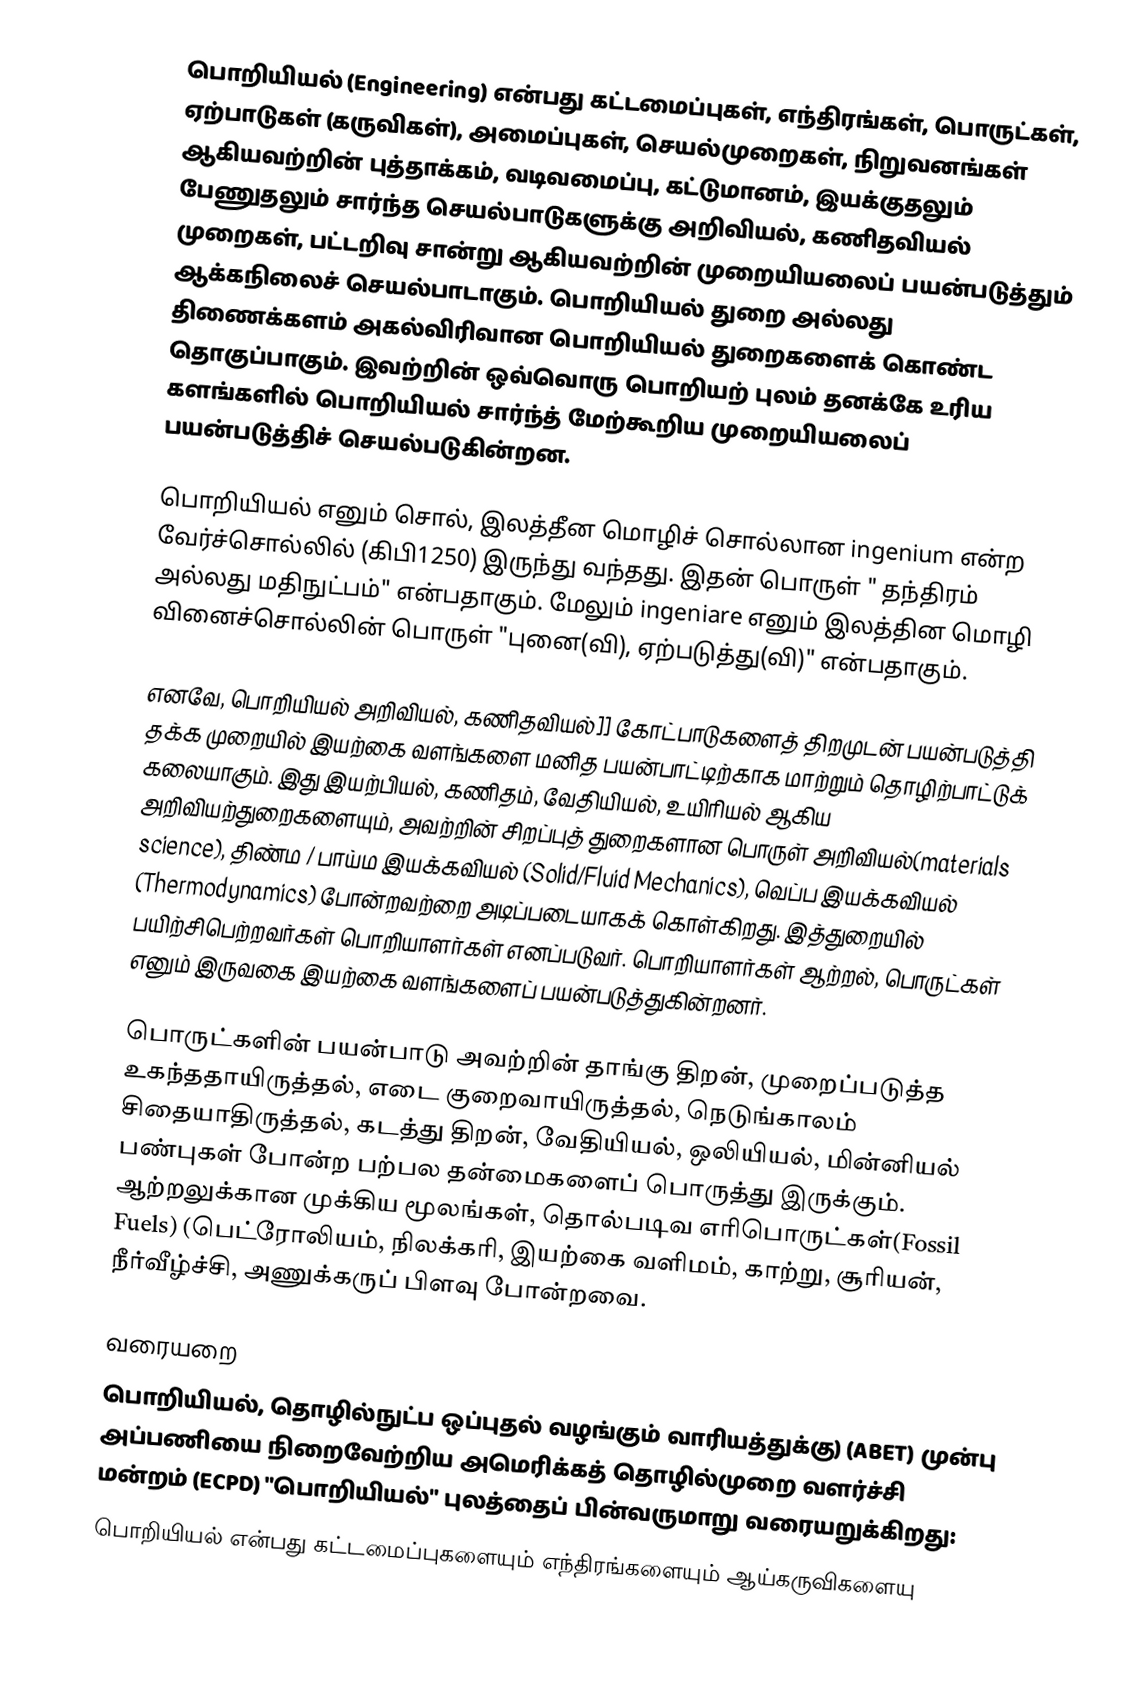
பொறியியல் (Engineering)  என்பது  கட்டமைப்புகள், எந்திரங்கள், பொருட்கள், ஏற்பாடுகள் (கருவிகள்), அமைப்புகள், செயல்முறைகள், நிறுவனங்கள் ஆகியவற்றின் புத்தாக்கம், வடிவமைப்பு, கட்டுமானம், இயக்குதலும் பேணுதலும் சார்ந்த செயல்பாடுகளுக்கு அறிவியல், கணிதவியல் முறைகள், பட்டறிவு சான்று ஆகியவற்றின் முறையியலைப் பயன்படுத்தும் ஆக்கநிலைச் செயல்பாடாகும். பொறியியல் துறை அல்லது திணைக்களம் அகல்விரிவான  பொறியியல் துறைகளைக் கொண்ட தொகுப்பாகும். இவற்றின் ஒவ்வொரு பொறியற் புலம் தனக்கே உரிய களங்களில் பொறியியல் சார்ந்த் மேற்கூறிய முறையியலைப் பயன்படுத்திச் செயல்படுகின்றன.

பொறியியல் எனும் சொல், இலத்தீன மொழிச் சொல்லான ingenium என்ற வேர்ச்சொல்லில் (கிபி1250) இருந்து வந்தது. இதன் பொருள் " தந்திரம் அல்லது மதிநுட்பம்"  என்பதாகும். மேலும்  ingeniare எனும் இலத்தின மொழி வினைச்சொல்லின் பொருள்  "புனை(வி), ஏற்படுத்து(வி)" என்பதாகும்.

எனவே, பொறியியல் அறிவியல், கணிதவியல்]] கோட்பாடுகளைத் திறமுடன் பயன்படுத்தி தக்க முறையில் இயற்கை வளங்களை மனித பயன்பாட்டிற்காக மாற்றும் தொழிற்பாட்டுக் கலையாகும். இது இயற்பியல், கணிதம், வேதியியல், உயிரியல் ஆகிய அறிவியற்துறைகளையும், அவற்றின் சிறப்புத் துறைகளான பொருள் அறிவியல்(materials science), திண்ம / பாய்ம இயக்கவியல் (Solid/Fluid Mechanics), வெப்ப இயக்கவியல் (Thermodynamics) போன்றவற்றை அடிப்படையாகக் கொள்கிறது. இத்துறையில் பயிற்சிபெற்றவர்கள் பொறியாளர்கள் எனப்படுவர். பொறியாளர்கள் ஆற்றல், பொருட்கள் எனும் இருவகை இயற்கை வளங்களைப் பயன்படுத்துகின்றனர்.

பொருட்களின் பயன்பாடு அவற்றின் தாங்கு திறன், முறைப்படுத்த உகந்ததாயிருத்தல், எடை குறைவாயிருத்தல், நெடுங்காலம் சிதையாதிருத்தல், கடத்து திறன், வேதியியல், ஒலியியல், மின்னியல் பண்புகள் போன்ற பற்பல தன்மைகளைப் பொருத்து இருக்கும். ஆற்றலுக்கான முக்கிய மூலங்கள், தொல்படிவ எரிபொருட்கள்(Fossil Fuels) (பெட்ரோலியம், நிலக்கரி, இயற்கை வளிமம், காற்று, சூரியன், நீர்வீழ்ச்சி, அணுக்கருப் பிளவு போன்றவை.

வரையறை
பொறியியல், தொழில்நுட்ப ஒப்புதல் வழங்கும் வாரியத்துக்கு) (ABET) முன்பு அப்பணியை நிறைவேற்றிய அமெரிக்கத் தொழில்முறை வளர்ச்சி மன்றம் (ECPD)   "பொறியியல்"  புலத்தைப் பின்வருமாறு வரையறுக்கிறது:
 பொறியியல் என்பது கட்டமைப்புகளையும் எந்திரங்களையும் ஆய்கருவிகளையு